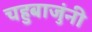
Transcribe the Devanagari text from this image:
चहुबाजुंनी